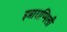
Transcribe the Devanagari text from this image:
इन्नाराप्पिली